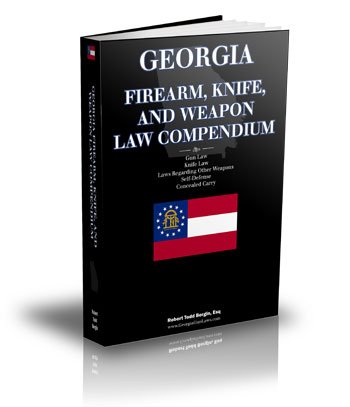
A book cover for Georgia Firearm, Knife, and Weapon Law Compendium - Georgia Gun Laws, Georgia Knife Law, Self-Defense, Law Regarding Other Weapons, Concealed Carry; Robert Todd Bergin; Law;